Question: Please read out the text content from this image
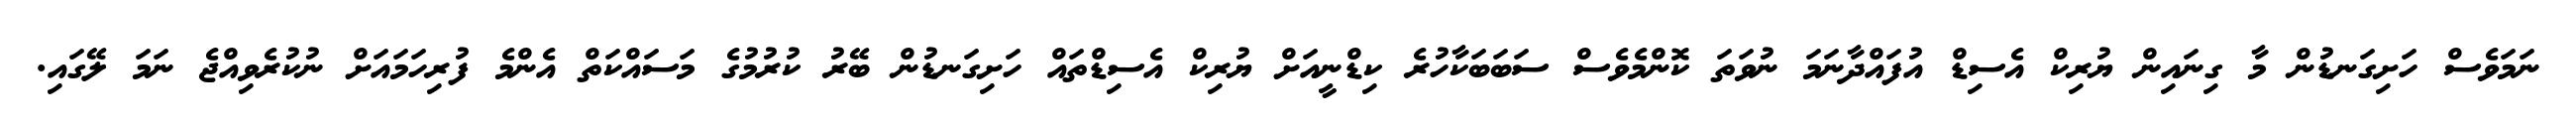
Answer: ނަމަވެސް ހަށިގަނޑުން މާ ގިނައިން ޔުރިކް އެސިޑް އުފައްދާނަމަ ނުވަތަ ކޮންމެވެސް ސަބަބަކާހުރެ ކިޑްނީއަށް ޔުރިކް އެސިޑްތައް ހަށިގަނޑުން ބޭރު ކުރުމުގެ މަސައްކަތް އެންމެ ފުރިހަމައަށް ނުކުރެވިއްޖެ ނަމަ ލޭގައި.